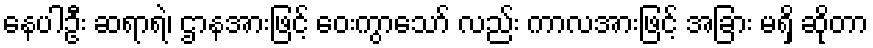
နေပါဦး ဆရာရဲ၊ ဌာနအားဖြင့် ဝေးကွာသော် လည်း ကာလအားဖြင့် အခြား မရှိ ဆိုတာ